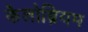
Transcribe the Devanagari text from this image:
कैलोब्रियम